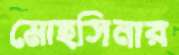
মোহসিনার